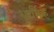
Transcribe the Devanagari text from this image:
धार्मिक